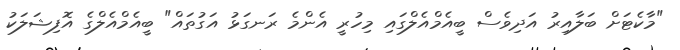
"މާކެޓަށް ބަލާއިރު އަދިވެސް ބީއެމްއެލްގައި މިހުރީ އެންމެ ރަނގަޅު އަގުތައް" ބީއެމްއެލްގެ އޮފިޝަލަކު